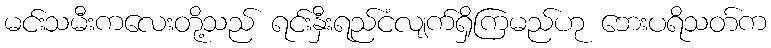
မင်းသမီးကလေးတို့သည် ရင်းနှီးရည်ငံလျက်ရှိကြမည်ဟု ဘေးပရိသတ်က